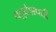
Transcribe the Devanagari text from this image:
चतुर्दशपदी